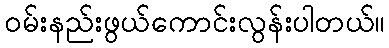
ဝမ်းနည်းဖွယ်ကောင်းလွန်းပါတယ်။